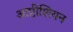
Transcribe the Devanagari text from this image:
आप्टीशियन